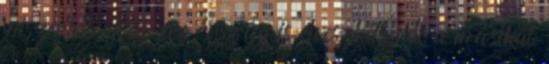
miszerint akár az ország is elveszhet, de a másikat